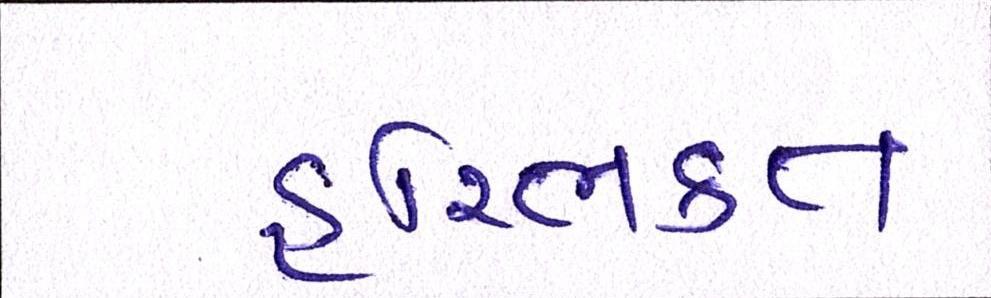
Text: હરિભકત